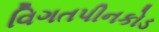
વિગતપીનકોડ